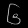
Digit: ၆